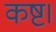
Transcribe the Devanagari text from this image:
कष्ट।